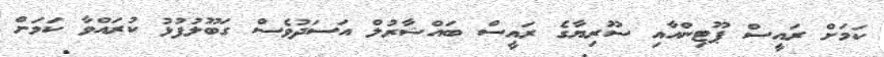
ކަމަށް ރައީސް ޕޫޓިންއާއި ސޫރިޔާގެ ރައީސް ބައްޝާރުލް އަސަދުވެސް ގަބޫލުފުޅު ކުރައްވާ ކަމަށް